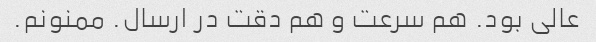
عالی بود. هم سرعت و هم دقت در ارسال. ممنونم.